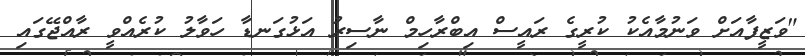
"ވަޒީފާއަށް ވަނުމާއެކު ކުރީގެ ރައީސް އިބްރާހިމް ނާސިރު އަޅުގަނޑާ ހަވާލު ކުރެއްވީ ރާއްޖޭގައި